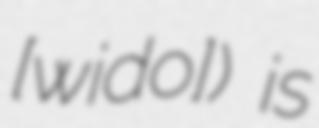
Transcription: [ˈɡwiːdo]) is